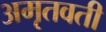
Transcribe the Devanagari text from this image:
अमृतवती